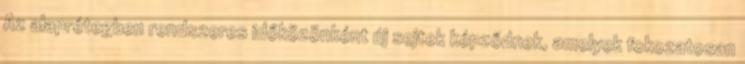
Az alaprétegben rendszeres időközönként új sejtek képződnek, amelyek fokozatosan